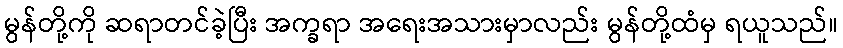
မွန်တို့ကို ဆရာတင်ခဲ့ပြီး အက္ခရာ အရေးအသားမှာလည်း မွန်တို့ထံမှ ရယူသည်။